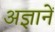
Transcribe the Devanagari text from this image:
अज्ञानें